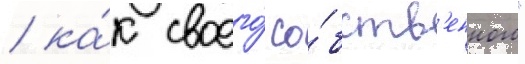
/ ка́к своего́ со́бств'енного"